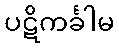
ပဋိကင်္ခါမ